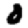
Digit: 0